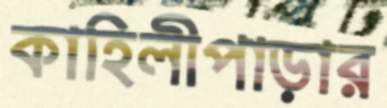
কাহিলীপাড়ার